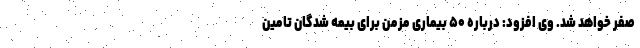
صفر خواهد شد. وی افزود: درباره ۵۰ بیماری مزمن برای بیمه شدگان تامین